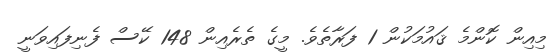
މިއިން ކޮންމެ ޤައުމަކުން 1 ފަރާތެވެ. މީގެ ތެރެއިން 148 ކޭސް ފެނިފައިވަނީ